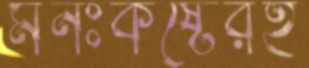
মনঃকষ্টেরই